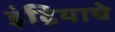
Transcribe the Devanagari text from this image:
इंद्रियाचे